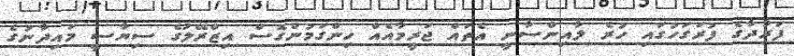
ފަރުދާގެ ފުރަގަހުގައި ހުރެ ލާއިންސާނީ އެތައް ޖަރީމާއެއް ހިންގަމުންގޮސް އިޒްރޭލުގެ ސިޔާސީ މައިދާނުގެ